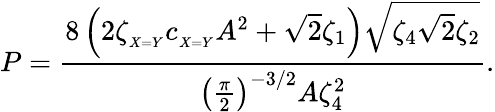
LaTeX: P=\frac{8\left(2\zeta_{_{X=Y}}c_{_{X=Y}}A^{2}+\sqrt{2}\zeta_{1}\right)\sqrt{\zeta_{4}\sqrt{2}\zeta_{2}}}{\left(\frac{\pi}{2}\right)^{-3/2}A\zeta_{4}^{2}}.